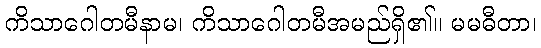
ကိသာဂေါတမီနာမ၊ ကိသာဂေါတမီအမည်ရှိ၏။ မမဓီတာ၊